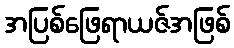
အပြစ်ဖြေရာယဇ်အဖြစ်